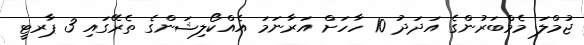
ޖުމްލަ މެމްބަރުންގެ އަދަދު 10 ހާހަށް އަރާނަމަ އެއްކޯލިޝަންގެ ތެރޭގައި 3 ޕާރޓީ